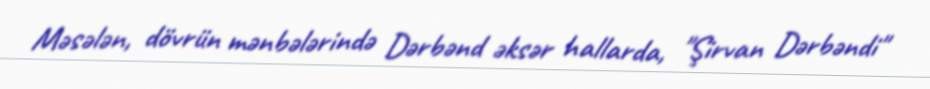
Məsələn, dövrün mənbələrində Dərbənd əksər hallarda, "Şirvan Dərbəndi"